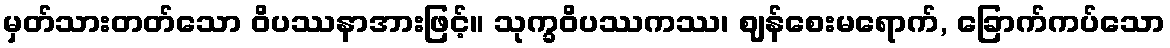
မှတ်သားတတ်သော ဝိပဿနာအားဖြင့်။ သုက္ခဝိပဿကဿ၊ ဈန်စေးမရောက်, ခြောက်ကပ်သော